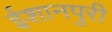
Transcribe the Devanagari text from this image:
ईशानपुरी